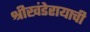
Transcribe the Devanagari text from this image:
श्रीखंडेरायाची